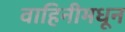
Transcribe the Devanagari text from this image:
वाहिनीमधून